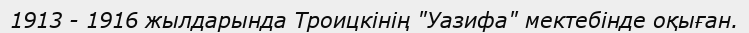
1913 - 1916 жылдарында Троицкінің "Уазифа" мектебінде оқыған.